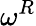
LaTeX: \omega^{R}